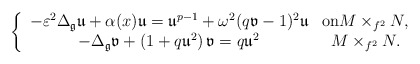
\begin{align*}\left\{\begin{array}[c]{cc}-\varepsilon^{2}\Delta_{\mathfrak{g}}\mathfrak{u}+\alpha(x)\mathfrak{u}=\mathfrak{u}^{p-1}+\omega^{2}(q\mathfrak{v}-1)^{2}\mathfrak{u} & \text{on}M\times_{f^{2}}N,\\-\Delta_{\mathfrak{g}}\mathfrak{v}+\left( 1+q\mathfrak{u}^{2}\right)\mathfrak{v}=q\mathfrak{u}^{2} & M\times_{f^{2}}N.\end{array}\right. \end{align*}